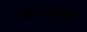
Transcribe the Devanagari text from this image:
खांग्यापासून